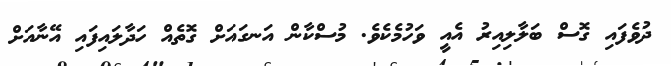
ދުވެފައި ގޮސް ބަލާލިއިރު އެއީ ވަހުމެކެވެ. މުސްކާން އަނގައަށް ގޮތެއް ހަދާލައިފައި އޭނާއަށް